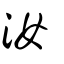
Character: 汝